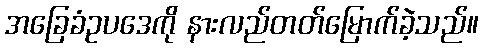
အခြေခံဥပဒေကို နားလည်တတ်မြောက်ခဲ့သည်။